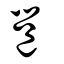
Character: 邕